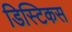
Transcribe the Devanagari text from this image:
डिस्टिकस